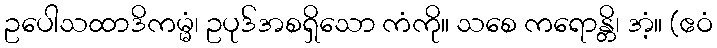
ဥပေါသထာဒိကမ္မံ၊ ဥပုဒ်အစရှိသော ကံကို။ သစေ ကရောန္တိ၊ အံ့။ (ဧဝံ